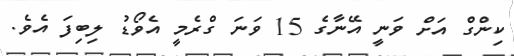
ކިންގް އަށް ވަނީ އޭނާގެ 15 ވަނަ ގްރެމީ އެވޯޑު ލިބިފަ އެވެ.